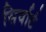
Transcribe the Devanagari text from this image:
सिर्वार्ट